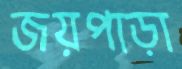
জয়পাড়া